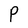
Character: P